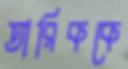
তারিককে